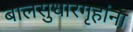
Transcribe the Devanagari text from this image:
बालसुधारगृहांना